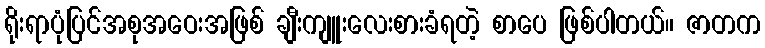
ရိုးရာပုံပြင်အစုအဝေးအဖြစ် ချီးကျူးလေးစားခံရတဲ့ စာပေ ဖြစ်ပါတယ်။ ဇာတက